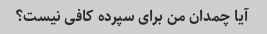
آیا چمدان من برای سپرده کافی نیست؟